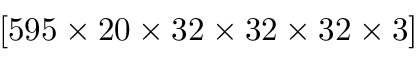
[ 5 9 5 \times 2 0 \times 3 2 \times 3 2 \times 3 2 \times 3 ]